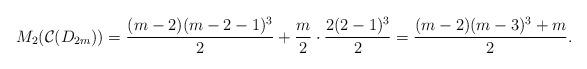
LaTeX: \begin{align*} M_{2}(\mathcal{C}(D_{2m})) = \dfrac{(m-2)(m-2-1)^{3}}{2} + \dfrac{m}{2} \cdot \dfrac{2(2-1)^{3}}{2} = \dfrac{(m-2)(m-3)^{3} + m}{2}.\end{align*}